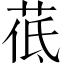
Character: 𦰣